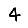
Digit: 4